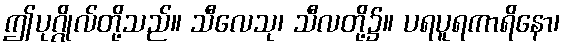
ဤပုဂ္ဂိုလ်တို့သည်။ သီလေသု၊ သီလတို့၌။ ပရပူရကာရိနော၊